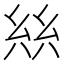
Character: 𢇃